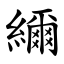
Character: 䌤